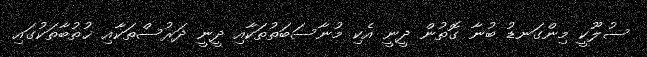
ސުލޫކީ މިންގަނޑު ބުނާ ގޮތުން ދީނީ އެކި މުނާސަބަތުތަކާއި ދީނީ ދަރުސްތަކާއި ޚުތުބާތަކުގައި